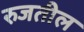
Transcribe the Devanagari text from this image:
रुजतील